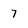
Character: 7